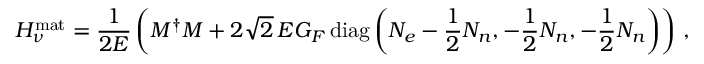
H _ { \nu } ^ { \mathrm { m a t } } = \frac { 1 } { 2 E } \left( M ^ { \dagger } M + 2 \sqrt { 2 } \, E G _ { F } \, \mathrm { d i a g } \left( N _ { e } - \frac { 1 } { 2 } N _ { n } , - \frac { 1 } { 2 } N _ { n } , - \frac { 1 } { 2 } N _ { n } \right) \right) \, ,